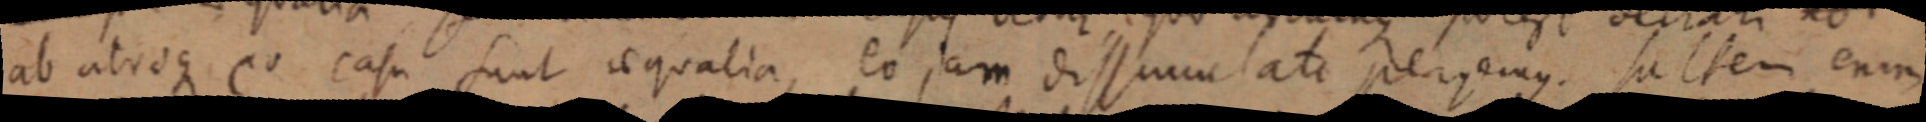
ab atroque eo casu sunt aequalia, eo jam dissimum ati perjemus saltem enim